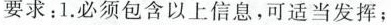
要求：1.必须包含以上信息，可适当发挥；